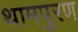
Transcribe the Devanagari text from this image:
थामपुरण